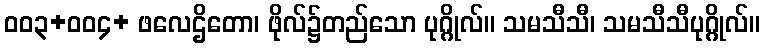
ဝဝ၃+ဝဝ၄+ ဖလေဌိတော၊ ဖိုလ်၌တည်သော ပုဂ္ဂိုလ်။ သမသီသီ၊ သမသီသီပုဂ္ဂိုလ်။